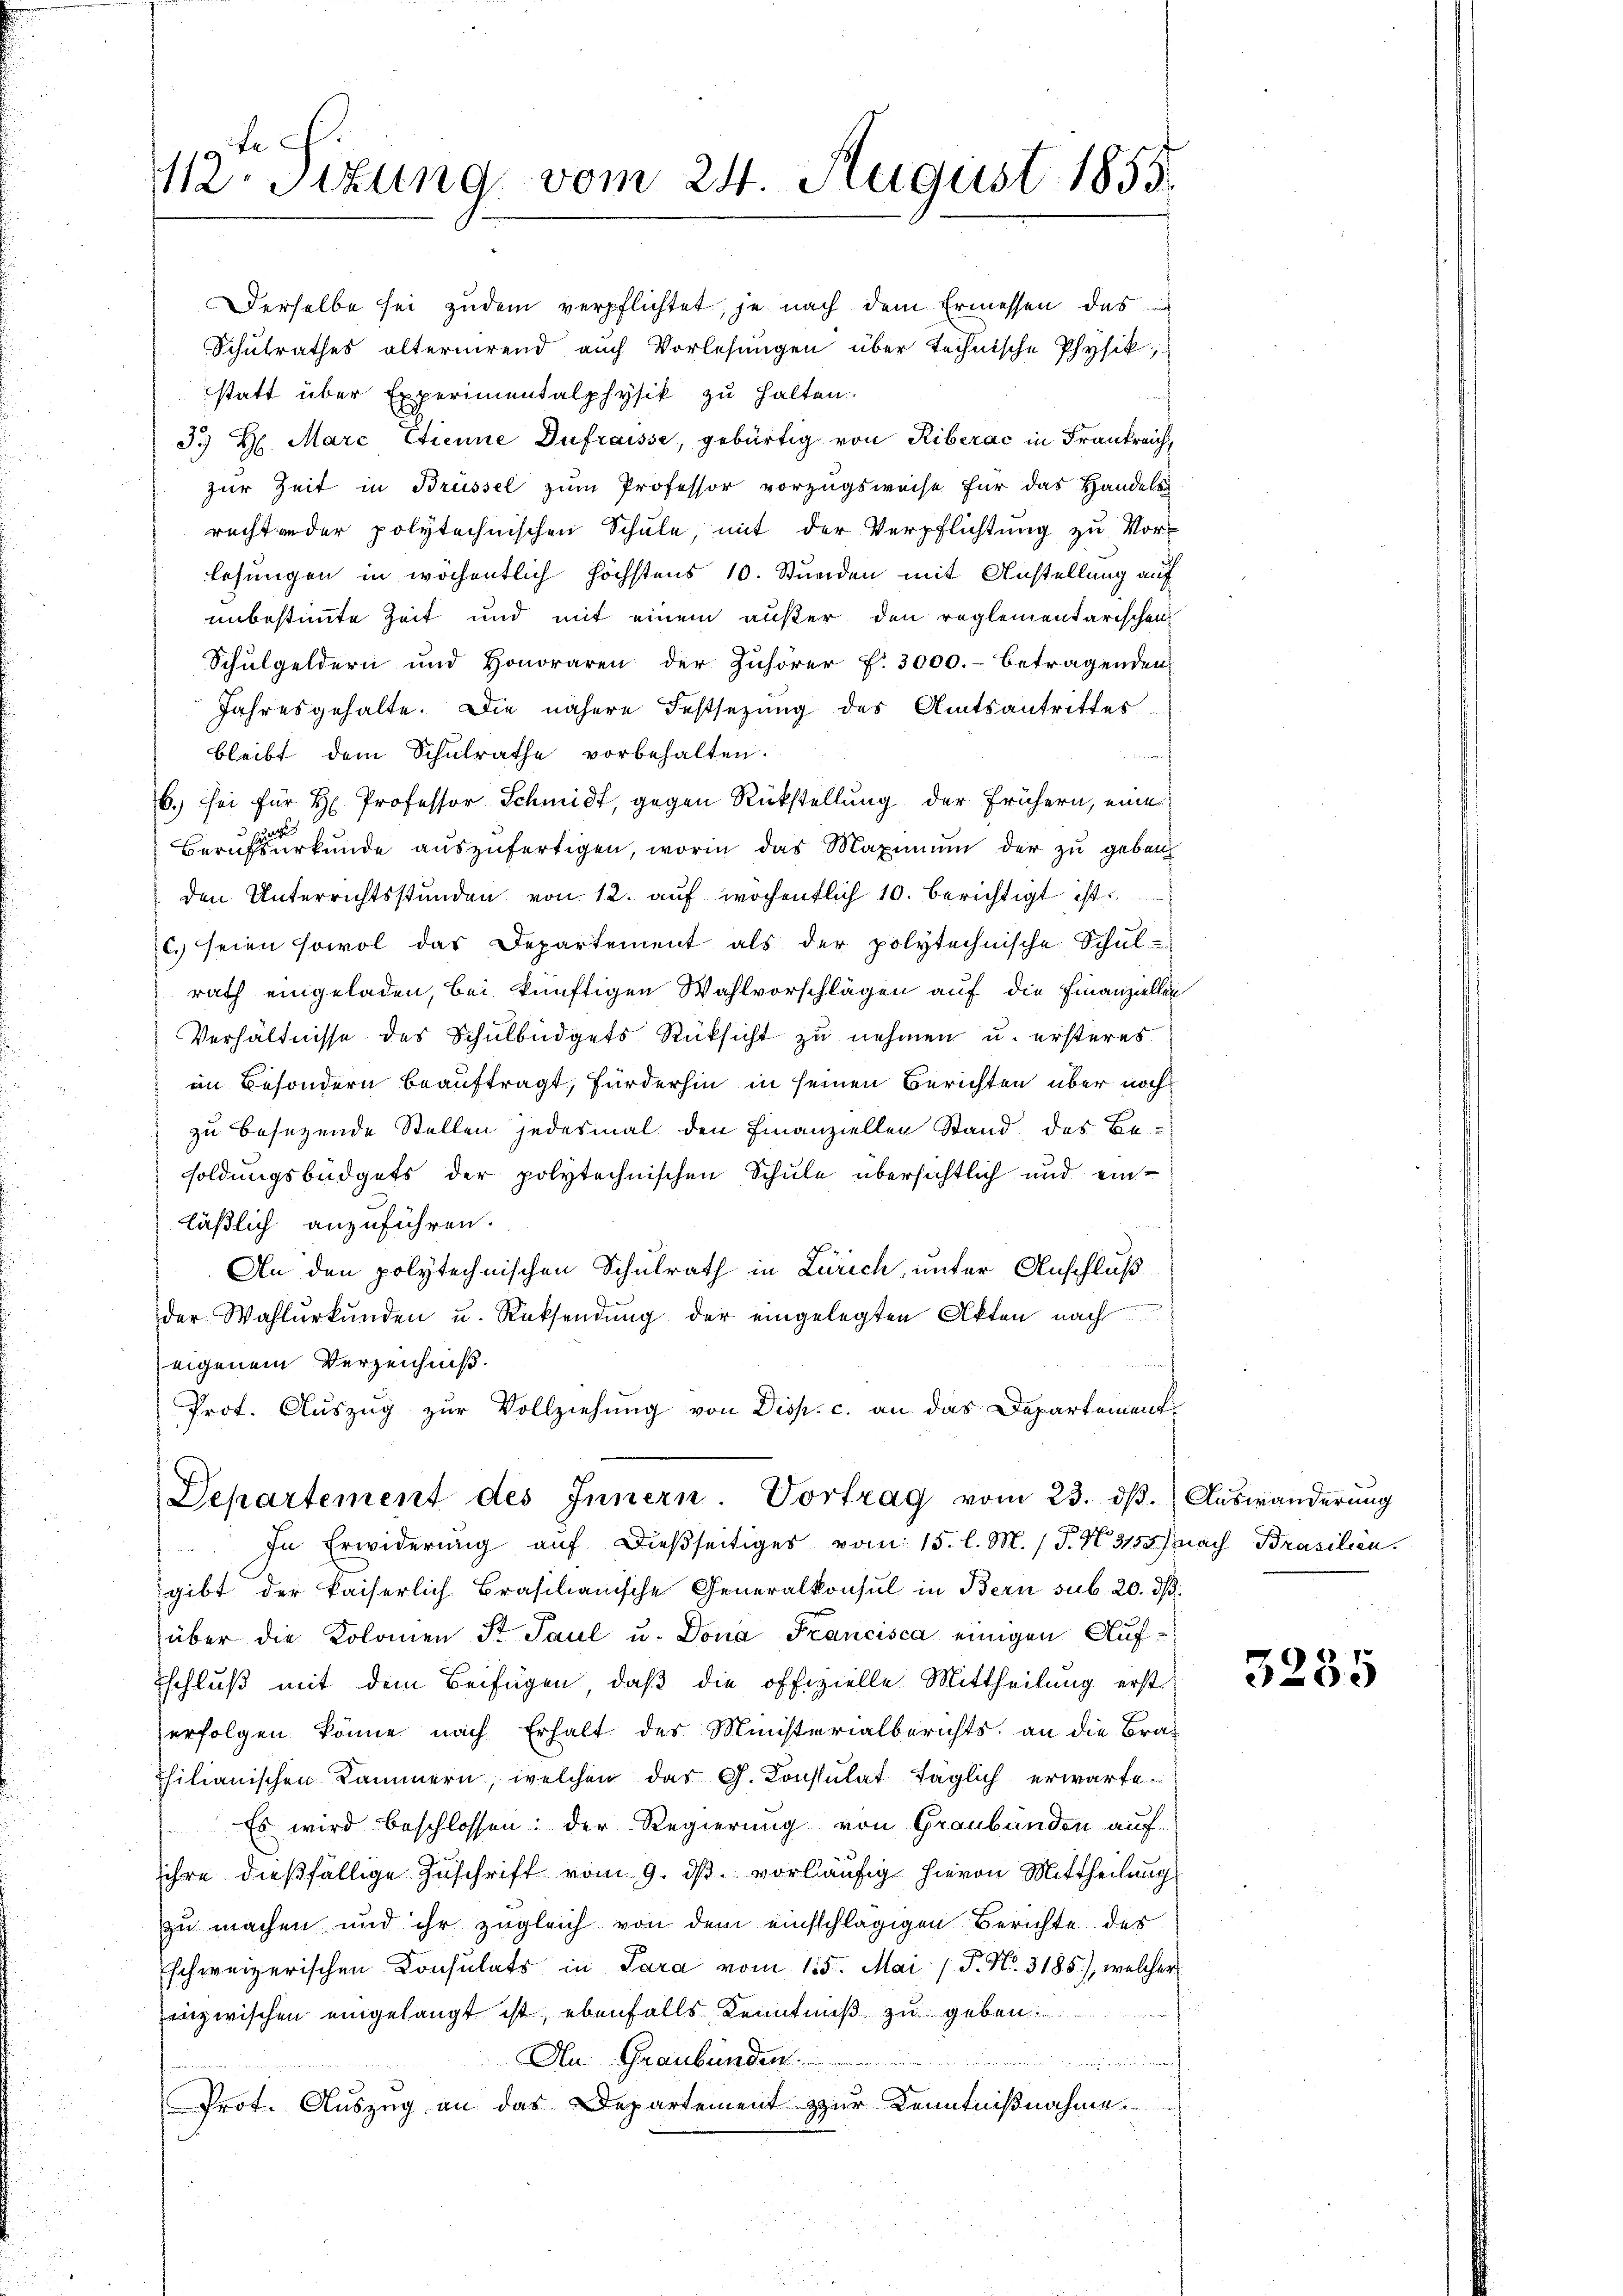
tech
12. Sitzung vom 24. August 1855.

Derselbe sei zudem verpflichtet, je nach dem Ermessen des
Schulrathes alternirend auch Vorlesungen über technische Physik,
statt über Experimentalphysik zu halten.
3. H. Marc Etienne Dufraisse, gebürtig von Riberac in Frankreich
zur Zeit in Brüssel zum Professor vorzugsweise für das Handels
recht ander polytechnischen Schule, mit der Verpflichtung zu Vorlesungen in wöchentlich höchstens 10. Stunden mit Anstellung auf
unbestimmte Zeit und mit einem außer den reglementarischen
Schulgeldern und Honoraren der Zuhörer f. 3000.- betragenden
Jahresgehalte. Die nähere Festsetzung des Amtsantrittes
bleibt dem Schulrathe vorbehalten.
n
b. sei für H. Professor Schmidt, gegen Rückstellung der frühern, eine
uung
Berufsurkunde auszufertigen, worin das Maximum der zu geben
den Unterrichtsstunden von 12. auf wochentlich 10. berichtigt ist.
c.) seien sowol das Departement als der polytechnische Schŭl-
rath eingeladen, bei künftigen Wahlvorschlägen auf die Finanziellen
Verhältnisse des Schulbüdgets Rücksicht zu nehmen u. ersteres
im Besondern beauftragt, fürderhin in seinen Berichten über nochzu besezende Stellen jedesmal den Finanziellen Stand des Be-
soldungsbüdgets der polytechnischen Schule übersichtlich und einläßlich anzuführen.
An den polytechnischen Schulrath in Zürich, unter Anschluß
erirung
der Wahlŭrkŭnden u. Rücksendŭng der eingelegten Akten nach
eigenem Verzeichniß.
Prot. Auszug zur Vollziehung von Disp. c. an das Departement
Departement des Innern. Vortrag vom 23. dβ. Auswänderung
In Erwiderung auf dießseitiges vom 15. l. M. (T. N. 3155) nach Brasilien.
gibt der kaiserlich Brasilianische Generalkonsul in Bern sub 20. dβ.
über die Kolomen S. Paul u. Dona Francisca einigen Aufschluß mit dem Beifügen, daß die offizielle Mittheilung erst
erfolgen könne nach Erhalt des Ministerialberichts an die Bra-
hilianischen Kammern, welchen das G. Konsulat täglich erwarte
Es wird beschlossen: der Regierung von Graubünden auf-
ihre dießfällige Zuschrift vom 9. ds. vorläufig hievon Mittheilung
zu machen und ihr zugleich von dem einsschlägigen Berichte des
schweizerischen Consulats in Para vom 15. Mai / P. No. 3185), welcher
inzwischen eingelangt ist, ebenfalls Kenntniß zu geben.
An Graubünden
 wie wie des
Prot. Auszug an das Departement zur Kenntnißnahme.

3285